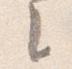
之